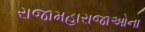
રાજામહારાજાઓના